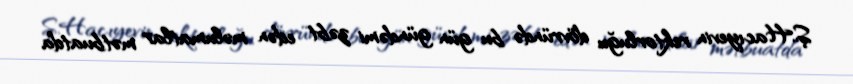
Ş.Hacıyevin rektorluğu dövründə bu gün gündəmi zəbt edən məlumatlar mətbuatda